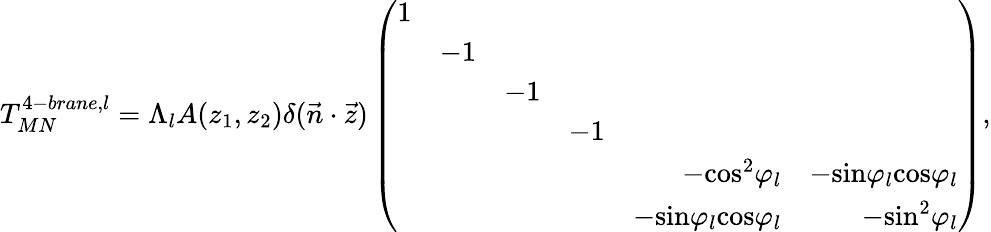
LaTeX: T_{MN}^{4-brane,l}=\Lambda_{l}A(z_{1},z_{2})\delta(\vec{n}\cdot\vec{z})\left(\begin{array}{rrrrrr}{{1}}&{{}}&{{}}&{{}}&{{}}&{{}}\\ {{}}&{{-1}}&{{}}&{{}}&{{}}&{{}}\\ {{}}&{{}}&{{-1}}&{{}}&{{}}&{{}}\\ {{}}&{{}}&{{}}&{{-1}}&{{}}&{{}}\\ {{}}&{{}}&{{}}&{{}}&{{-\mathrm{cos}^{2}\varphi_{l}}}&{{-\mathrm{sin}\varphi_{l}\mathrm{cos}\varphi_{l}}}\\ {{}}&{{}}&{{}}&{{}}&{{-\mathrm{sin}\varphi_{l}\mathrm{cos}\varphi_{l}}}&{{-\mathrm{sin}^{2}\varphi_{l}}}\end{array}\right),